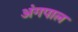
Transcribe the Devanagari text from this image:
अंगपाल